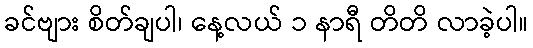
ခင်ဗျား စိတ်ချပါ၊ နေ့လယ် ၁ နာရီ တိတိ လာခဲ့ပါ။